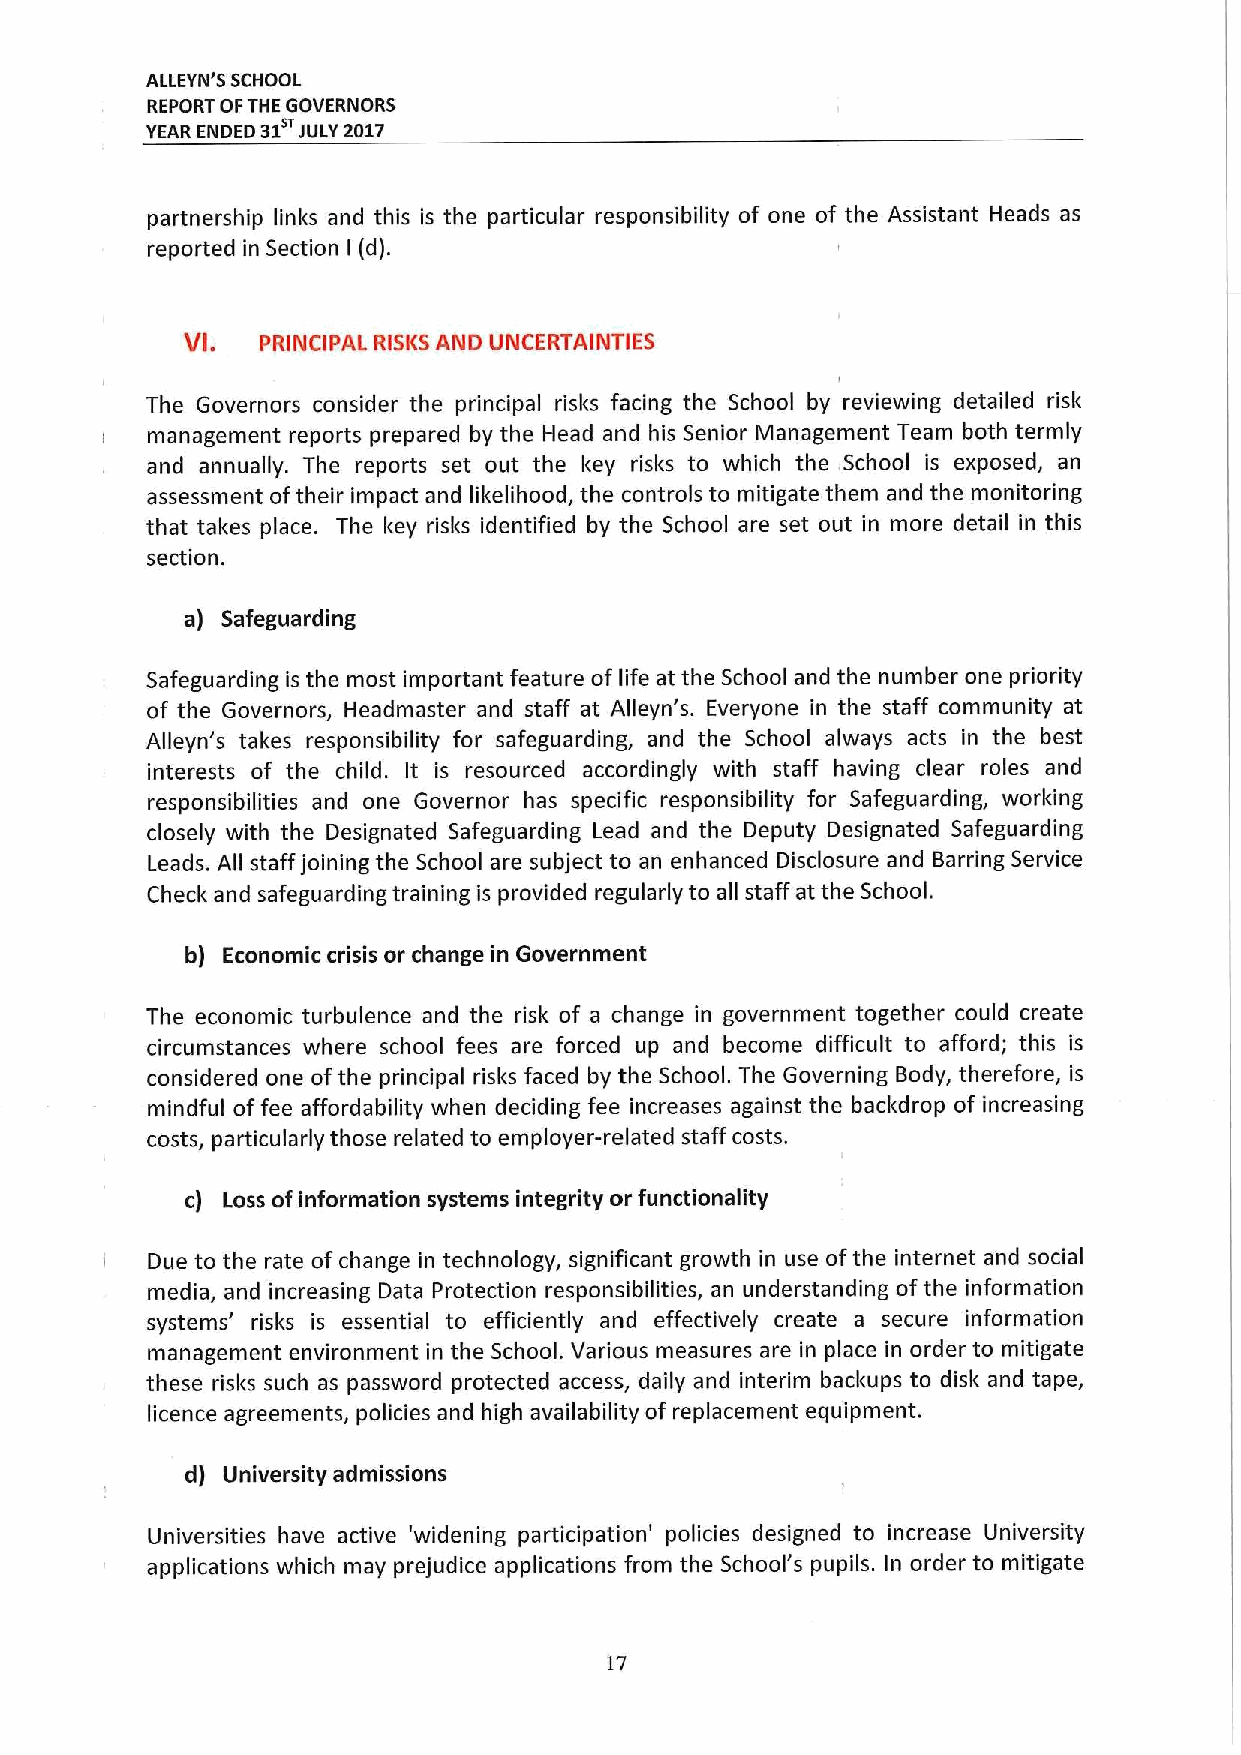
ALLEYN'S SCHOOL
 REPORT OFTHE GOVERNORS
 YEAR ENDED 31 JULY2017
 partnership links and this is the particular responsibility of one of the Assistant Heads as
 reported in Section I (d).
 VI.  PRINCIPAL RISKSAND UNCERTAINTIES
 The Governors consider the principal risks facing the School by reviewing detailed risk
 management reports prepared by the Head and his Senior Management Team both termly
 and annually. The reports set out the l&ey risks to which the School is exposed, an
 assessment oftheir impact and likelihood, the controls to mitigate them and the monitoring
 that takes place. The key risks identified by the School are set out in more detail in this
 section.
 a) Safeguarding
 Safeguarding is the most important feature of life at the School and the number one priority
 of the Governors, Headmaster and staff at Alleyn's. Everyone in the staff community at
 Alleyn's takes responsibility for safeguarding, and the School always acts in the best
 interests of the child. It is resourced accordingly with staff having clear roles and
 responsibilities and one Governor has specific responsibility for Safeguarding, working
 closely with the Designated Safeguarding Lead and the Deputy Designated Safeguarding
 Leads. All staff joining the School are subject to an enhanced Disclosure and Barring Service
 Check and safeguarding training is provided regularly to all staff at the School.
 b) Economic crisis or change in Government
 The economic turbulence and the risk of a change in government together could create
 circumstances where school fees are forced up and become difficult to afford; this is
 considered one ofthe principal risks faced by the School. The Governing Body, therefore, is
 mindful offee affordability when deciding fee increases against the backdrop of increasing
 costs, particularly those related to employer-related staff costs.
 c) Loss ofinformation systems integrity or functionality
 Due to the rate ofchange in technology, significant growth in use ofthe internet and social
 media, and increasing Data Protection responsibilities, an understanding ofthe information
 systems' risks is essential to efficiently and effectively create a secure information
 management environment in the School. Various measures are in place in order to mitigate
 these risks such as password protected access, daily and interim backups to disk and tape,
 licence agreements, policies and high availability of replacement equipment.
 d) University admissions
 Universities have active 'widening participation' policies designed to increase University
 applications which may prejudice applications from the School's pupils. In order to mitigate
 17